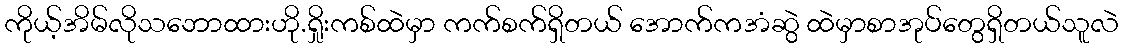
ကိုယ့်အိမ်လိုသဘောထားဟို.ရှိုးကစ်ထဲမှာ ကက်စက်ရှိတယ် အောက်ကအံဆွဲ ထဲမှာစာအုပ်တွေရှိတယ်သူလဲ